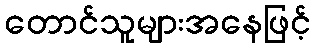
တောင်သူများအနေဖြင့်